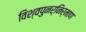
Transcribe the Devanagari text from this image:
विश्वपुनर्निर्माण